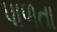
પાળતા